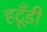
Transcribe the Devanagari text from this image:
हटूँडी